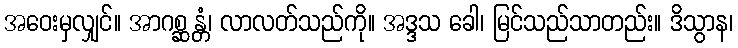
အဝေးမှလျှင်။ အာဂစ္ဆန္တံ၊ လာလတ်သည်ကို။ အဒ္ဒသ ခေါ၊ မြင်သည်သာတည်း။ ဒိသွာန၊